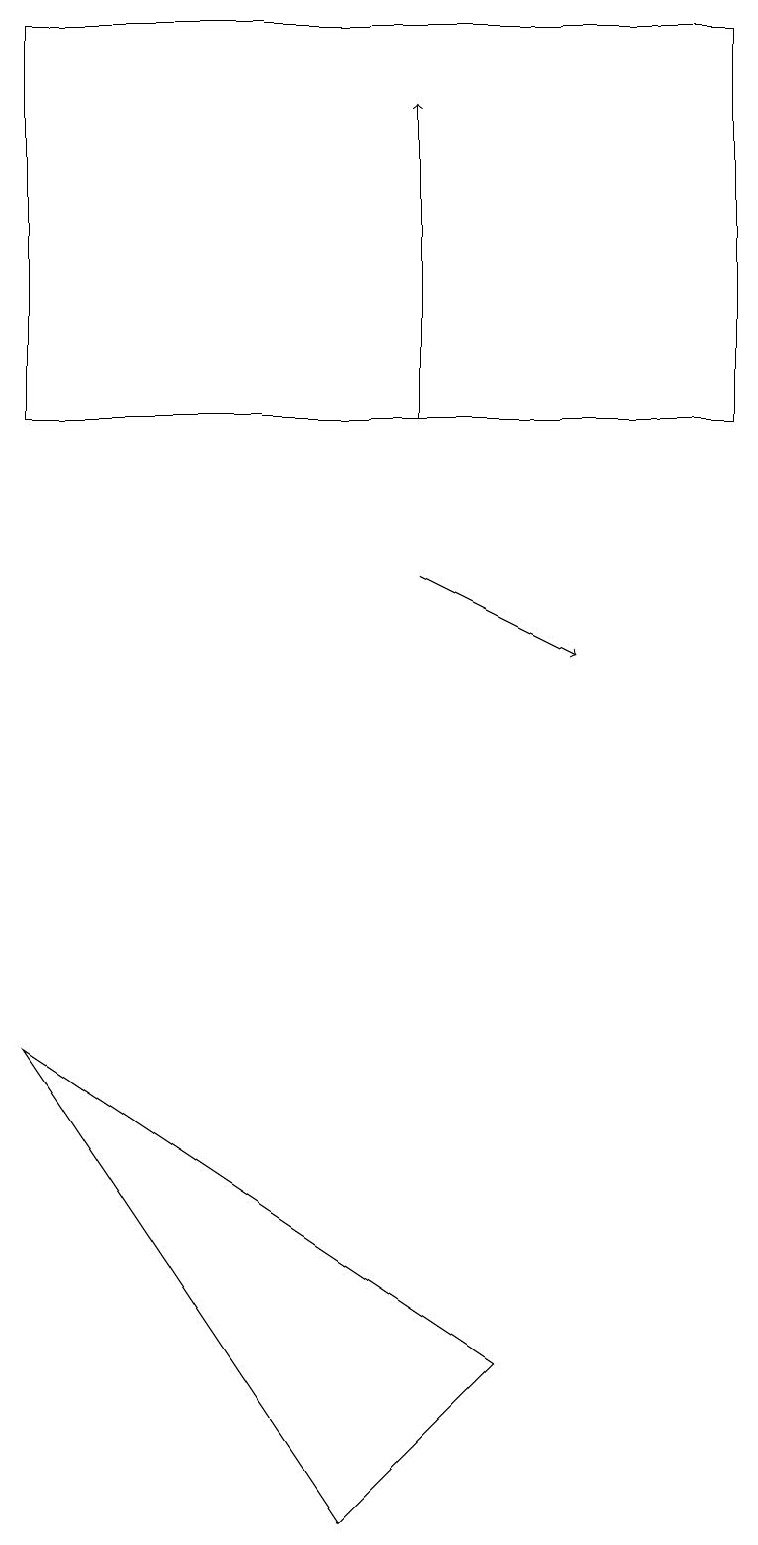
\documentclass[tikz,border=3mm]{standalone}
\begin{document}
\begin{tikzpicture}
\draw[->] (5,14) -- (5,18);
\draw (6,2) -- (4,0) -- (0,6) -- cycle;
\draw[->] (5,12) -- (7,11);
\draw (9,19) rectangle (0,14);
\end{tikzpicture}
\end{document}